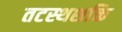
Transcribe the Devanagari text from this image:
तटस्थशक्ति